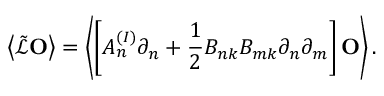
\left\langle \tilde { \mathcal { L } } \mathbf { O } \right\rangle = \left\langle \left[ A _ { n } ^ { ( I ) } \partial _ { n } + \frac { 1 } { 2 } B _ { n k } B _ { m k } \partial _ { n } \partial _ { m } \right] \mathbf { O } \right\rangle .